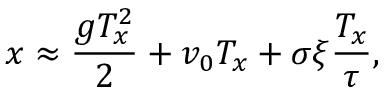
x \approx \frac { g T _ { x } ^ { 2 } } { 2 } + v _ { 0 } T _ { x } + \sigma \xi \frac { T _ { x } } { \tau } ,